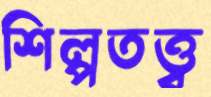
শিল্পতত্ত্ব